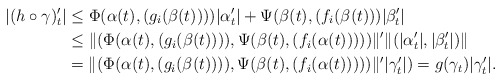
\begin{align*}|(h\circ\gamma)_t'| &\leq \Phi(\alpha(t),(g_i(\beta(t))))|\alpha_t'|+\Psi(\beta(t), (f_i(\beta(t)))|\beta_t'|\\&\leq \|(\Phi(\alpha(t),(g_i(\beta(t)))),\Psi(\beta(t),(f_i(\alpha(t)))))\|'\|(|\alpha_t'|,|\beta_t'|)\|\\&= \|(\Phi(\alpha(t),(g_i(\beta(t)))),\Psi(\beta(t),(f_i(\alpha(t)))))\|'|\gamma_t'| )= g(\gamma_t) |\gamma_t'|.\end{align*}